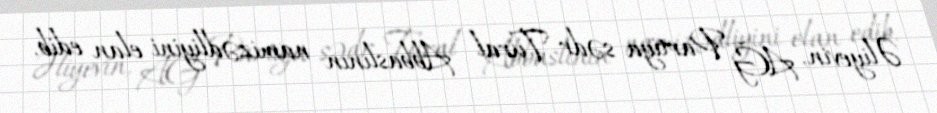
Əliyevin, AĞ Partiya sədr Tural Abbaslının namizədliyini elan edib.